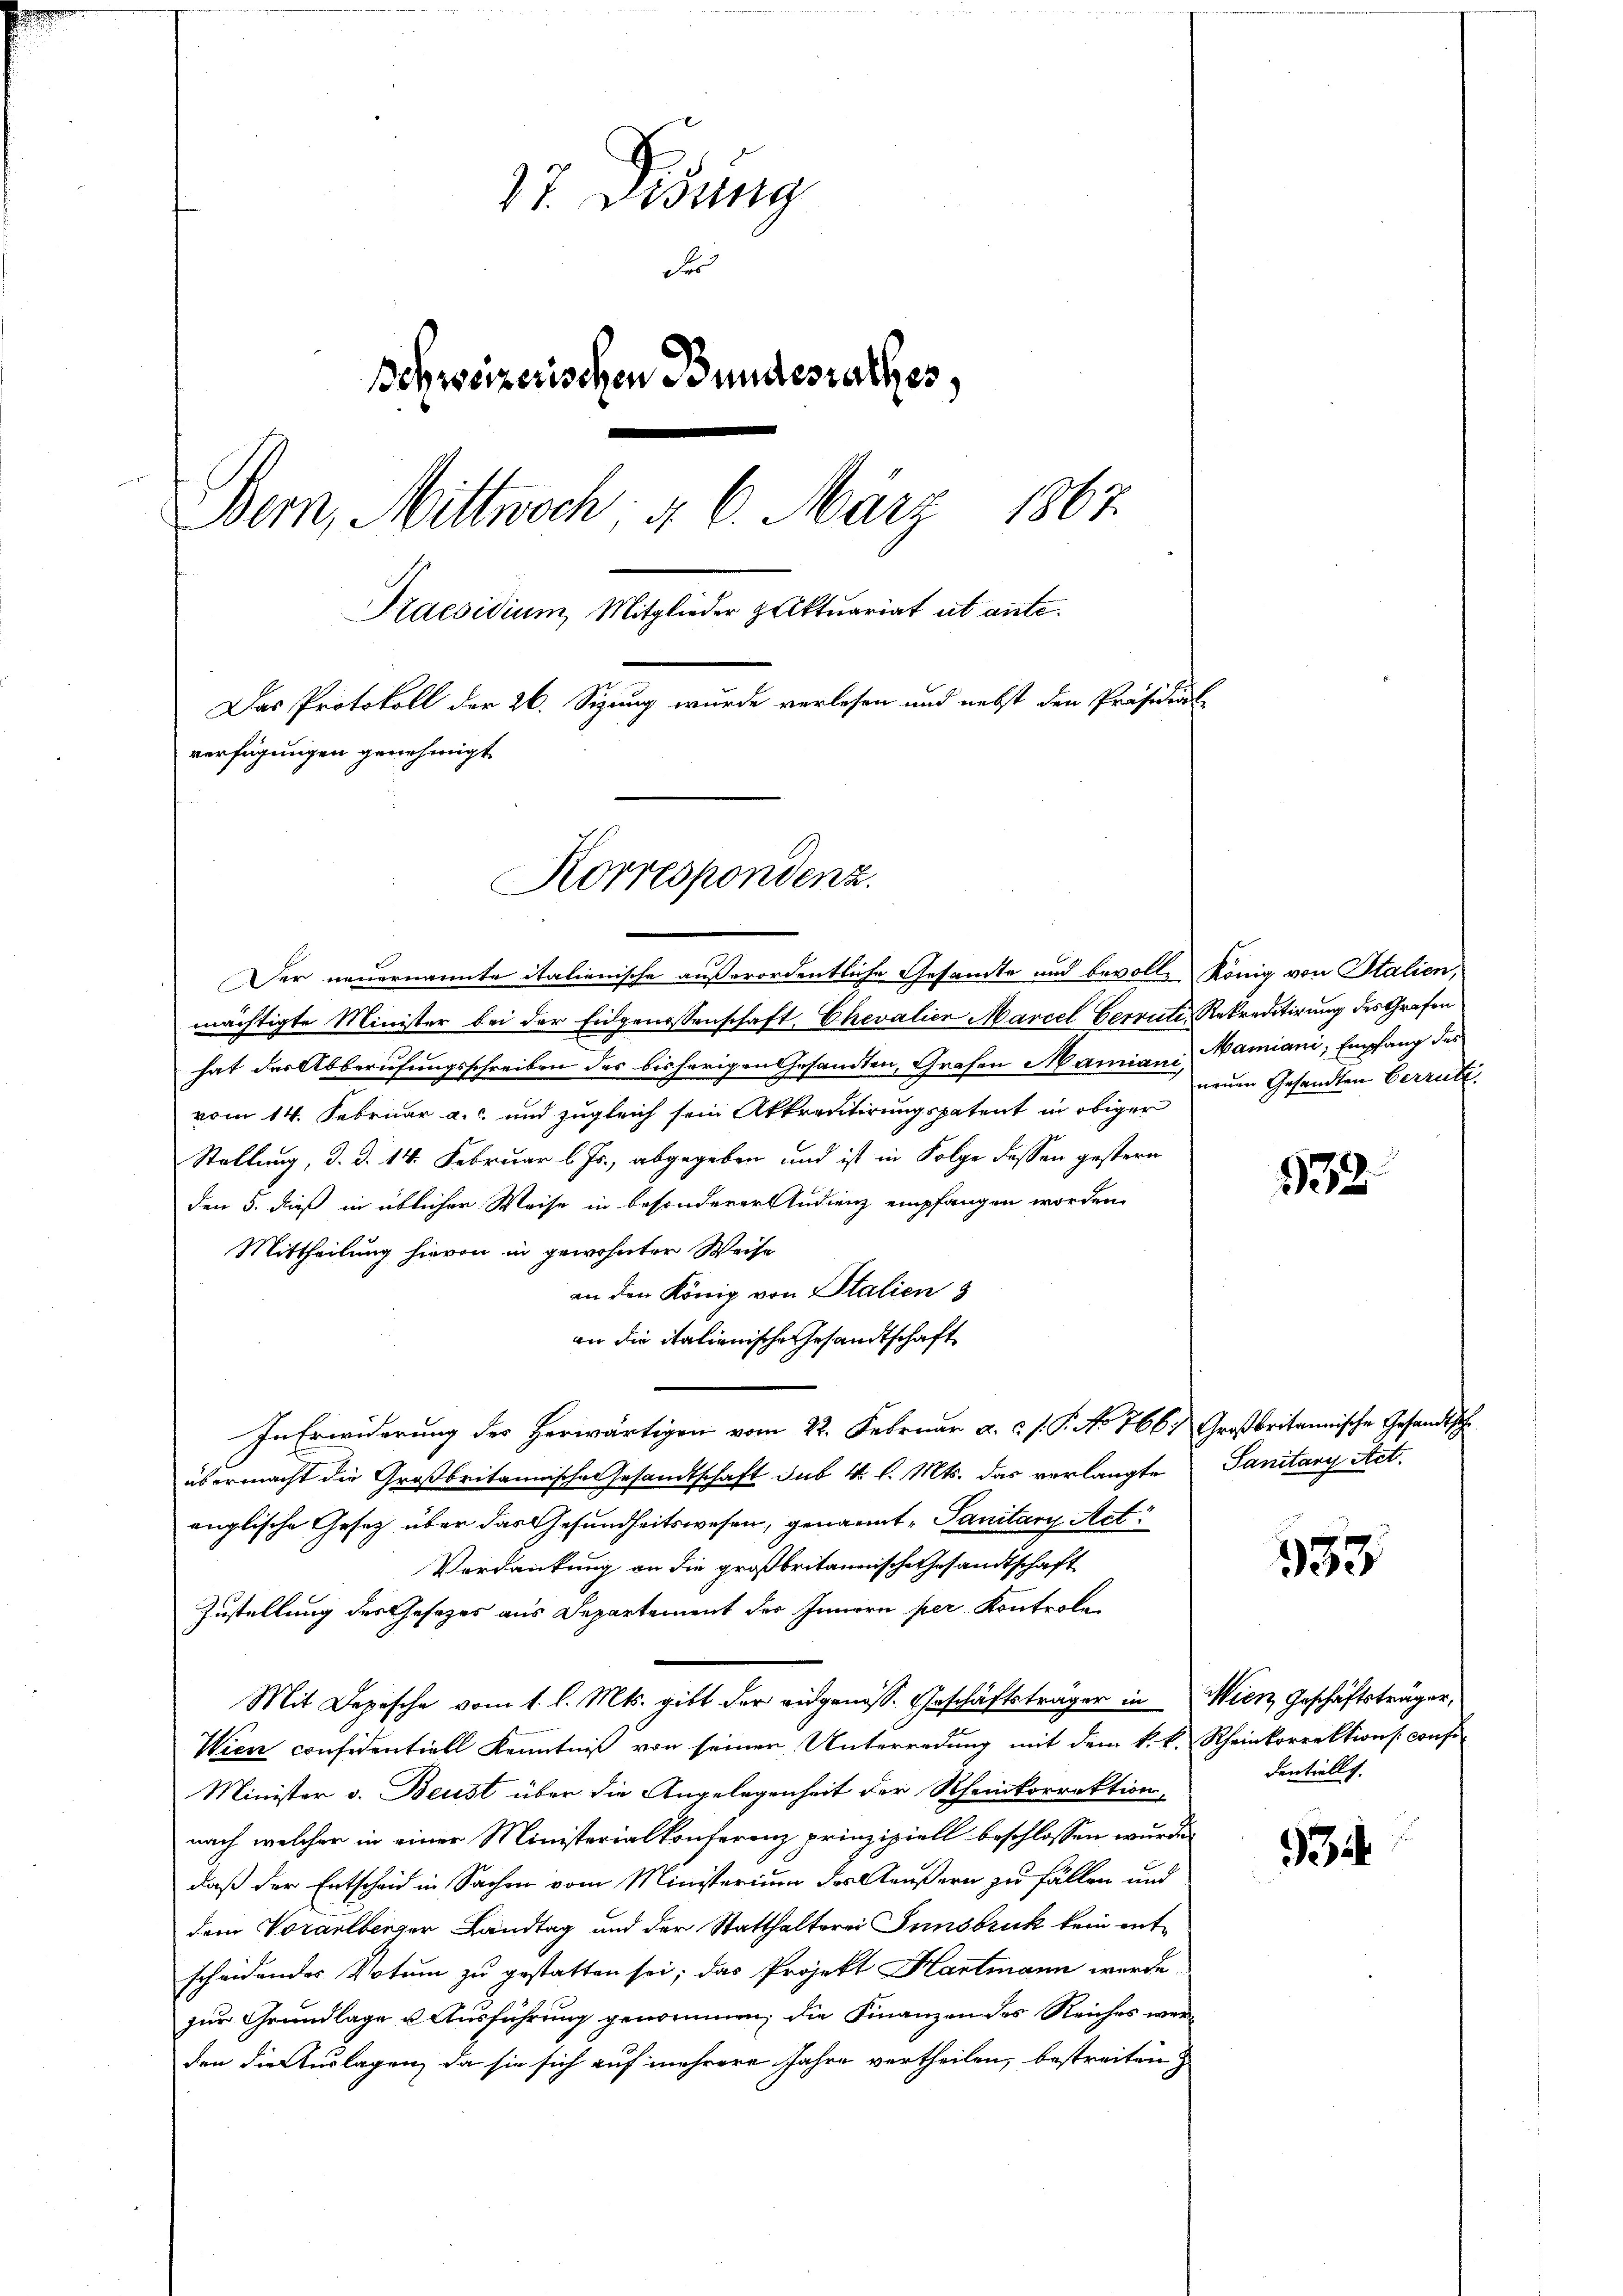
17. Disung
der
Bohweizerischen Bundesrathes,
Bern, Mittwoch §. 6. März 1867.
Praesidium Mitglieder Aktuariat ab ante.
Das Protokoll der 26. Sizung wurde verlesen und nebst den Präsidial
verfügungen genehmigt.
Korrespondenz.

mächtigte Minister bei der Eidgenossenschaft, Chevalien Marcel Cerrüti, Rekreditirung des Grafen
Gesandten, Grafen Mariani, Mariani, Empfang des
hat der Abberufungsschreiben des bisherigen
vom 14. Februar a. und zugleich sein Akkreditirungspatent in obiger
Stellung, d. d. 14. Februar l. Js., abgegeben und ist in Folge dessen gestern
den 5. dieß in üblicher Weise in besonderer Studienz empfangen worden.
Mittheilung hievon in gewohnter Weise
an den König von Stalien 3
an die italianische Gesandtschaft
In Erwiderung des Herwärtigen vom 22. Februar a. c. s. P. No 7667 Großbritannische Gesandtsch
übermacht die Großbritannische Gesandtschaft sub 4 l. Mts. das verlangte Sanitary Act.
englische Gesetz über das Gesundheitswesen, genannt Sanitary Act
Verdankung an die großbritannische Gesandtschaft
Zustellung des Gesetzes aus Departement des Innern per Kontrole
Mit Depesche vom 1. l. Mts. gibt der eidgenoss. Geschäftsträger in Wien Geschäftsträger,
Wien considentiell Kenntniß von seiner Unterredung mit dem k. k. Rheinkorrektions confo
Minister v. Beust über die Angelegenheit der Rheinkorrektion,
nach welcher in einer Ministerialkonferenz prinzipiell beschlossen würde,
daß der Entscheid in Sachen vom Ministerium des Aeußern zu fällen und
dem Vorarlberger Landtag und der Statthalterei Innsbruck kein entscheidendes Votum zu gestatten sei; das Projekt Hartmann werde.
zur Grundlage u. Ausführung genommen; die Finanzen des Reiches werden die Auslagen, da sie sich auf mehrere Jahre vertheilen, bestreiten

Der neuernannte italienische außerordentliche Gesamte und bevolle König von Italien,

neuen Gesandten Verrute

532.

353

dentiell.

934